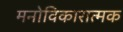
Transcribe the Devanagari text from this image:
मनोविकारात्मक